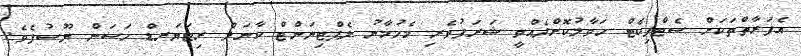
އެފަރާތްތަކަށް ސެޓްފިކެޓް ހަވާލުކޮށްދެއްވީ ޝަރަފުވެރި މެހުމާނު ލެފްޓިނަންޓް ކާނަލް ރިޓަޔަރޑް ހަސަން ޔޫސުފެވެ.